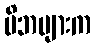
မိဘများက